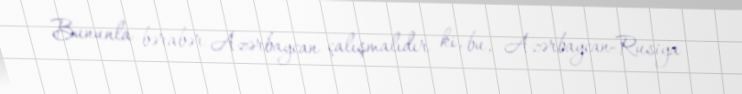
Bununla bərabər Azərbaycan çalışmalıdır ki, bu, Azərbaycan-Rusiya